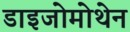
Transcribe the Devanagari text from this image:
डाइजोमोथेन